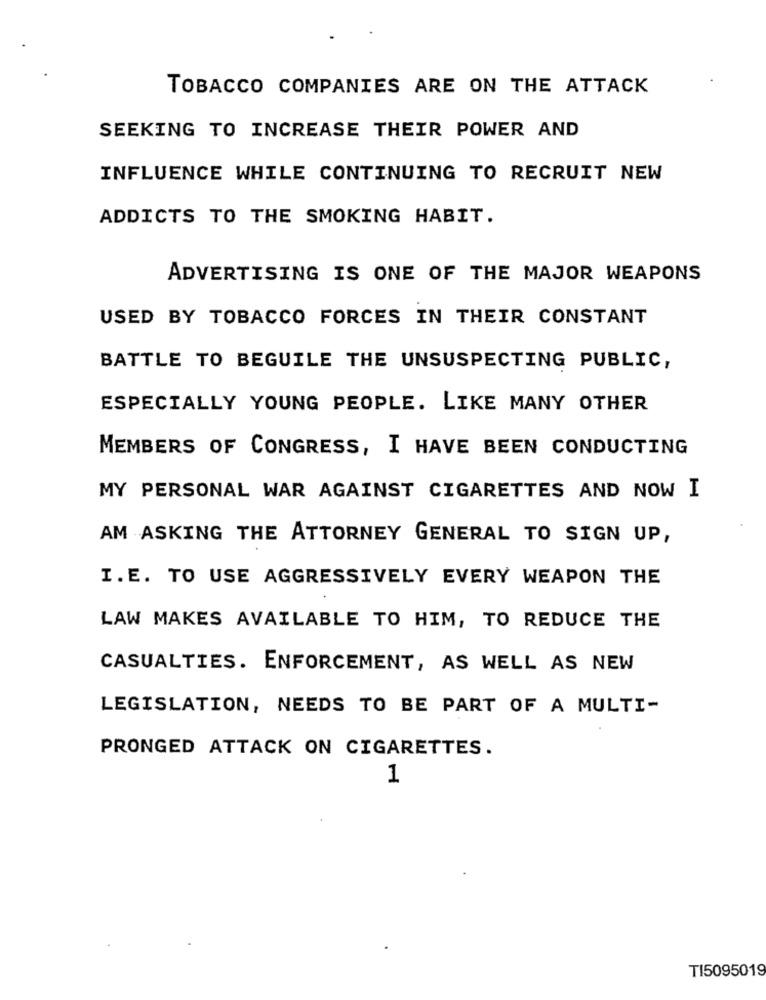
TOBACCO COMPANIES ARE ON THE ATTACK
SEEKING TO INCREASE THEIR POWER AND
INFLUENCE WHILE CONTINUING TO RECRUIT NEW
ADDICTS TO THE SMOKING HABIT.
ADVERTISING IS ONE OF THE MAJOR WEAPONS
USED BY TOBACCO FORCES IN THEIR CONSTANT
BATTLE TO BEGUILE THE UNSUSPECTING PUBLIC,
ESPECIALLY YOUNG PEOPLE. LIKE MANY OTHER
MEMBERS OF CONGRESS, I HAVE BEEN CONDUCTING
MY PERSONAL WAR AGAINST CIGARETTES AND NOW I
AM ASKING THE ATTORNEY GENERAL TO SIGN UP,
I.E. TO USE AGGRESSIVELY EVERY WEAPON THE
LAW MAKES AVAILABLE TO HIM, TO REDUCE THE
CASUALTIES. ENFORCEMENT, AS WELL AS NEW
LEGISLATION, NEEDS TO BE PART OF A MULTI-
PRONGED ATTACK ON CIGARETTES.
1
TI5095019